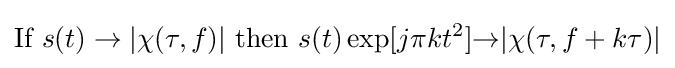
{\text{If }}s(t)\rightarrow |\chi (\tau ,f)|{\text{ then }}s(t)\exp[j\pi kt^{2}]{\rightarrow }|\chi (\tau ,f+k\tau )|